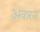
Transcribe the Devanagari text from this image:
अवारन